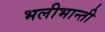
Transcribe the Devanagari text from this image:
भलीभान्ती